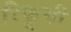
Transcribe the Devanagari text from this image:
रिफूगी